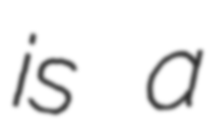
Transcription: is a